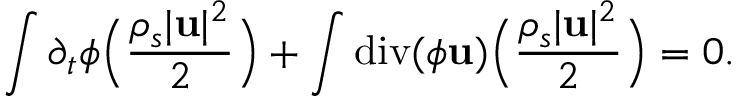
\int \partial _ { t } \phi \Big ( \frac { \rho _ { s } | { \bf u } | ^ { 2 } } { 2 } \Big ) + \int \mathrm { d i v } ( \phi { \bf u } ) \Big ( \frac { \rho _ { s } | { \bf u } | ^ { 2 } } { 2 } \Big ) = 0 .